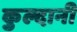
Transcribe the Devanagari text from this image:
कुल्दानी